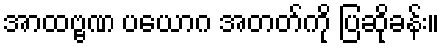
အာထဗ္ဗဏ ပယောဂ အတတ်ကို ပြဆိုခန်း။